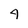
Character: 4